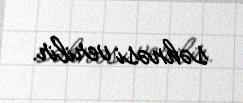
səhnəsi verilir.